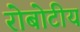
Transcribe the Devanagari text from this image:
रोबोटीय